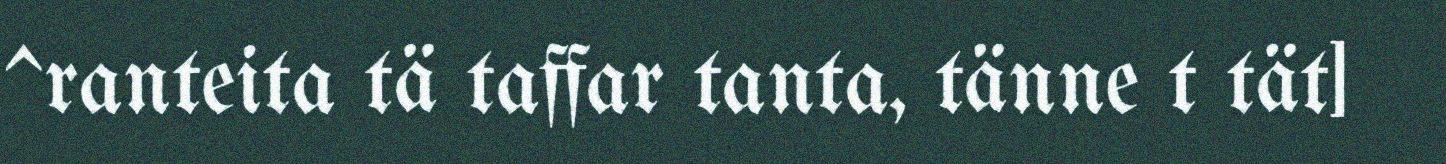
^ranteita tä taffar tanta, tänne t tät]